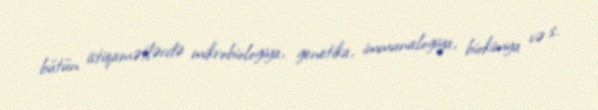
bütün istiqamətlərdə mikrobiologiya, genetika, immunalogiya, biokimya və s.